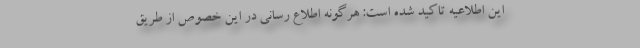
این اطلاعیه تاکید شده است: هرگونه اطلاع رسانی در این خصوص از طریق